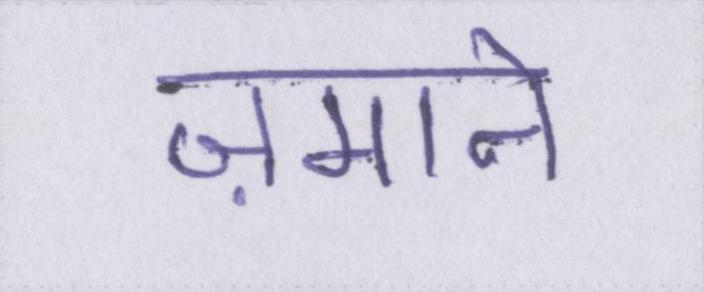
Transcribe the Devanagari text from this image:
ज़माने